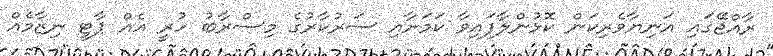
ރާއްޖޭގައި އަނިޔާވެރިކަން ކޮޅުންލާފައިވާ ކަމަށާއި ސަރުކާރުގެ މިސްރާބު ހުރީ އެއް ޕާޓީ ނިޒާމެއް